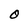
Character: O